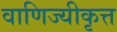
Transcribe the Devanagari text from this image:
वाणिज्यीकृत्त